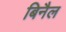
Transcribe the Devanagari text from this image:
बिनैल